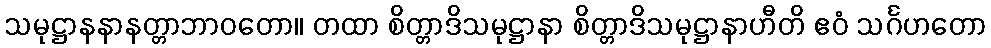
သမုဋ္ဌာနနာနတ္တာဘာဝတော။ တထာ စိတ္တာဒိသမုဋ္ဌာနာ စိတ္တာဒိသမုဋ္ဌာနာဟီတိ ဧဝံ သင်္ဂဟတော